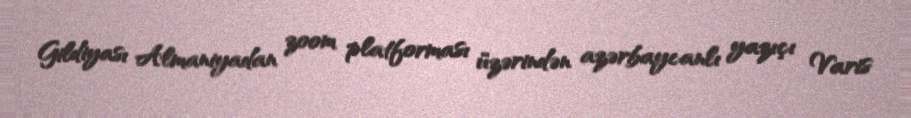
Gildiyası Almaniyadan zoom platforması üzərindən azərbaycanlı yazıçı Varis